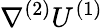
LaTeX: \nabla^{(2)}U^{(1)}